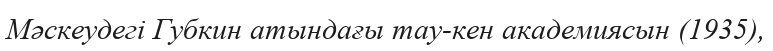
Мәскеудегі Губкин атындағы тау-кен академиясын (1935),